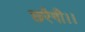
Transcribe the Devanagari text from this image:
छरैगी।।